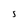
Character: 5